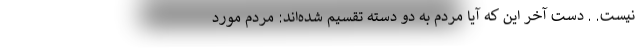
نیست. . دست آخر این که آیا مردم به دو دسته تقسیم شده‌اند: مردمِ مورد